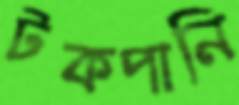
টকপানি